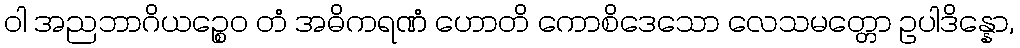
ဝါ အညဘာဂိယဉ္စေဝ တံ အဓိကရဏံ ဟောတိ ကောစိဒေသော လေသမတ္တော ဥပါဒိန္နော,